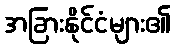
အခြားနိုင်ငံများ၏